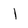
Character: I